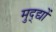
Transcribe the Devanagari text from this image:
मुद्द्यों